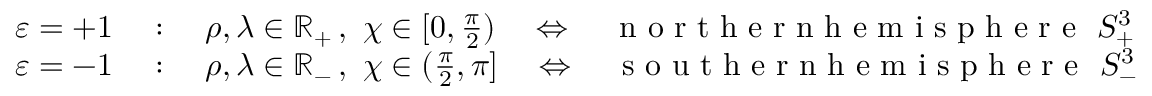
\begin{array} { r l } { \varepsilon = + 1 \ } & { : \quad \rho , \lambda \in \mathbb { R } _ { + } \, , \ \chi \in [ 0 , \frac { \pi } { 2 } ) \quad \Leftrightarrow \quad \textrm { n o r t h e r n h e m i s p h e r e } \ S _ { + } ^ { 3 } } \\ { \varepsilon = - 1 \ } & { : \quad \rho , \lambda \in \mathbb { R } _ { - } \, , \ \chi \in ( \frac { \pi } { 2 } , \pi ] \quad \Leftrightarrow \quad \textrm { s o u t h e r n h e m i s p h e r e } \ S _ { - } ^ { 3 } } \end{array}